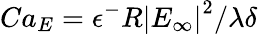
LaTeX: Ca_{E}=\epsilon^{-}R\left|E_{\infty}\right|^{2}/\lambda\delta